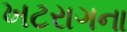
ખટરાગના